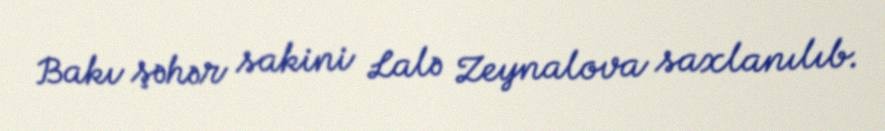
Bakı şəhər sakini Lalə Zeynalova saxlanılıb.